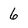
Character: 6